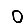
Digit: 0